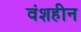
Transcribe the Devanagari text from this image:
वंशहीन